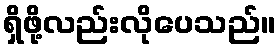
ရှိဖို့လည်းလိုပေသည်။